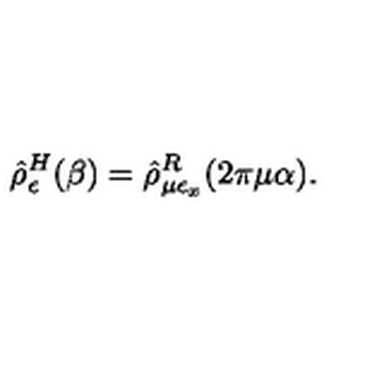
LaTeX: \hat { \rho } _ { \epsilon } ^ { H } ( \beta ) = \hat { \rho } _ { \mu \epsilon _ { x } } ^ { R } ( 2 \pi \mu \alpha ) .